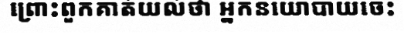
ព្រោះពួកគាត់យល់ថា អ្នកនយោបាយចេះ